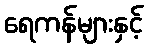
ရေကန်များနှင့်